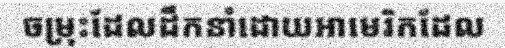
ចម្រុះដែលដឹកនាំដោយអាមេរិកដែល